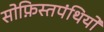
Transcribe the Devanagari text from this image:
सोफ़िस्तपंथियों